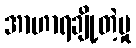
အာဟာရချို့တဲ့မှု